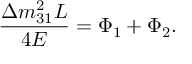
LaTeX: \frac { \Delta m _ { 3 1 } ^ { 2 } L } { 4 E } = \Phi _ { 1 } + \Phi _ { 2 } .